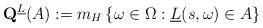
LaTeX: \begin{align*}\mathbf{Q}^{\underline{L}}(A):=m_H\left\{\omega\in\Omega:\underline{L}(s,\omega)\in A\right\}\end{align*}